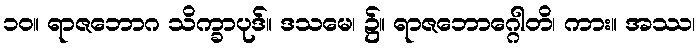
၁၀။ ရာဇဘောဂ သိက္ခာပုဒ်။ ဒသမေ၊ ၌။ ရာဇဘောဂ္ဂေါတိ၊ ကား။ အဿ၊